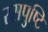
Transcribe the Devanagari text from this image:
रसपुष्टि